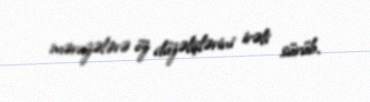
məruzələrə öz düzəlişlərini irəli sürüb.